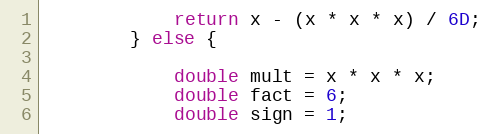
Language: Java
            return x - (x * x * x) / 6D;
        } else {

            double mult = x * x * x;
            double fact = 6;
            double sign = 1;